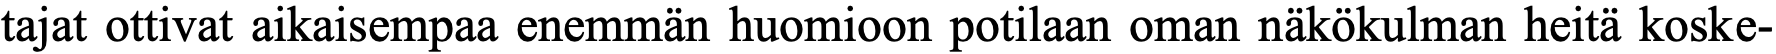
tajat ottivat aikaisempaa enemmän huomioon potilaan oman näkökulman heitä koske-